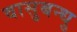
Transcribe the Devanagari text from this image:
वासुबन्धु